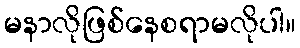
မနာလိုဖြစ်နေစရာမလိုပါ။